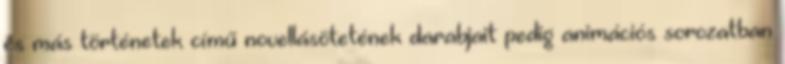
és más történetek című novellásötetének darabjait pedig animációs sorozatban